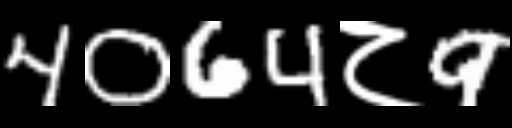
Text: 4064८9